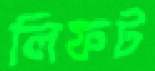
লিফট